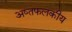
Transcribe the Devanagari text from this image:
अष्तफलकीय